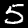
Label: 5